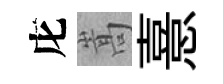
庀嵩憙